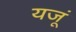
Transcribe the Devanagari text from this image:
यजूं